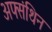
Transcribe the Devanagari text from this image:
अफ्संथिन